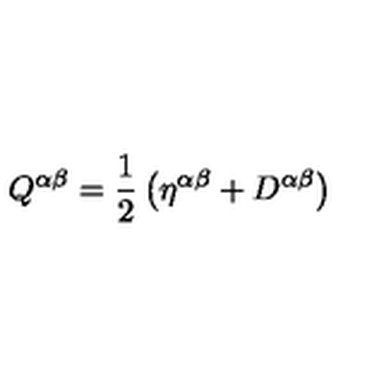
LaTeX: Q ^ { \alpha \beta } = \frac { 1 } { 2 } \left( \eta ^ { \alpha \beta } + D ^ { \alpha \beta } \right)